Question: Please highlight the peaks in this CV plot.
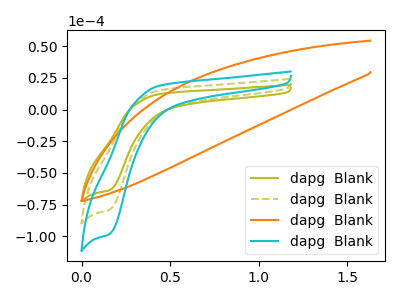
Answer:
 <answer>The olive curve "dapg  Blank1" has a cathodic peak at: (0.15V, -63.65uA). The olive dashed curve "dapg  Blank2" has a cathodic peak at: (0.15V, -79.05uA). The orange curve "dapg  Blank3" has no peaks. The cyan curve "dapg  Blank4" has a cathodic peak at: (0.15V, -158.15uA).</answer>
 <eval></eval>